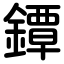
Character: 鐔